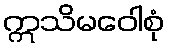
ဣသိမဝေါစုံ